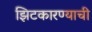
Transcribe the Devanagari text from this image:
झिटकारण्याची